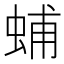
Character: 蜅